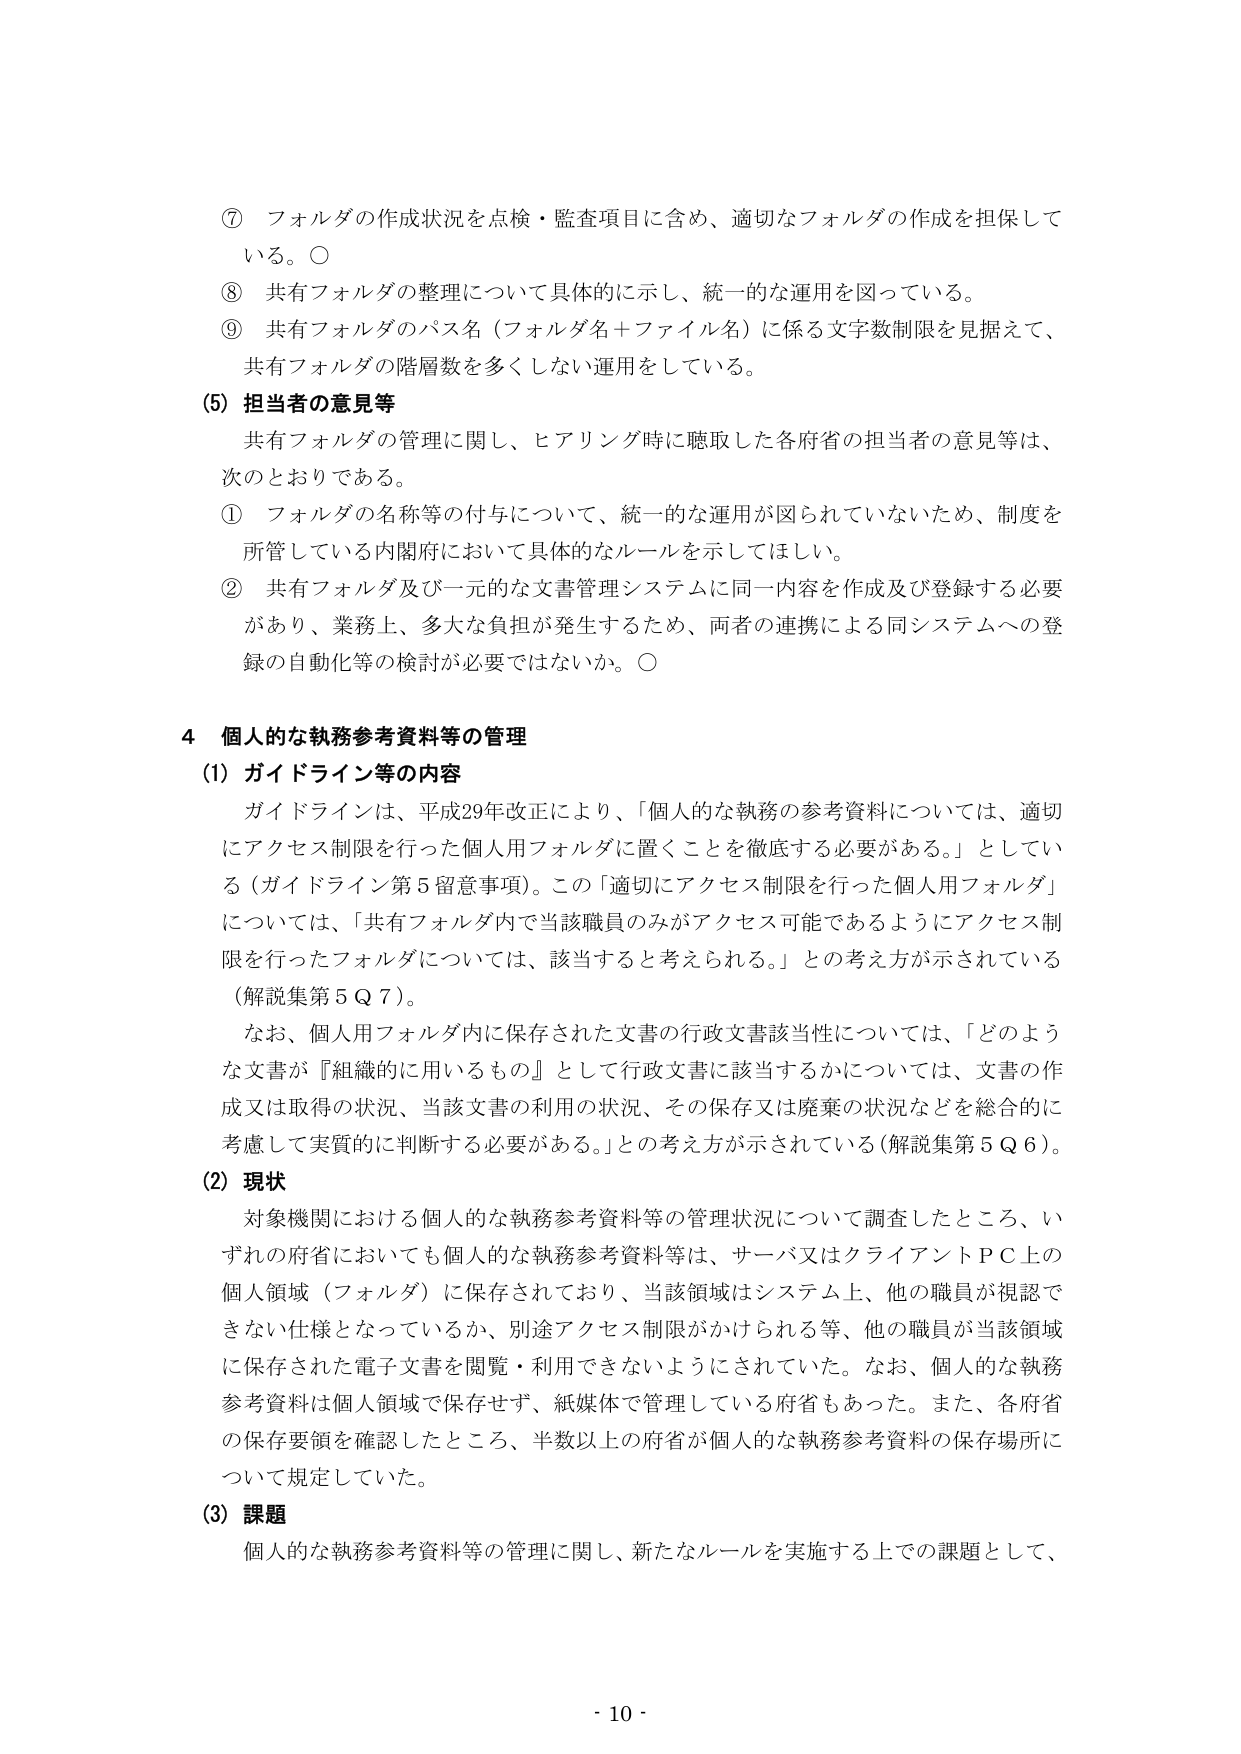
⑦ フォルダの作成状況を点検・監査項目に含め、適切なフォルダの作成を担保している。○
⑧ 共有フォルダの整理について具体的に示し、統一的な運用を図っている。
⑨ 共有フォルダのパス名（フォルダ名＋ファイル名）に係る文字数制限を見据えて、共有フォルダの階層数を多くしない運用をしている。

(5) 担当者の意見等
共有フォルダの管理に関し、ヒアリング時に聴取した各府省の担当者の意見等は、次のとおりである。
① フォルダの名称等の付与について、統一的な運用が図られていないため、制度を所管している内閣府において具体的なルールを示してほしい。
② 共有フォルダ及び一元的な文書管理システムに同一内容を作成及び登録する必要があり、業務上、多大な負担が発生するため、両者の連携による同システムへの登録の自動化等の検討が必要ではないか。○

4 個人的な執務参考資料等の管理
(1) ガイドライン等の内容
ガイドラインは、平成29年改正により、「個人的な執務の参考資料については、適切にアクセス制限を行った個人用フォルダに置くことを徹底する必要がある。」としている（ガイドライン第5留意事項）。この「適切にアクセス制限を行った個人用フォルダ」については、「共有フォルダ内で当該職員のみがアクセス可能であるようにアクセス制限を行ったフォルダについては、該当すると考えられる。」との考え方が示されている（解説集第5Q7）。
なお、個人用フォルダ内に保存された文書の行政文書該当性については、「どのような文書が『組織的に用いるもの』として行政文書に該当するかについては、文書の作成又は取得の状況、当該文書の利用の状況、その保存又は廃棄の状況などを総合的に考慮して実質的に判断する必要がある。」との考え方が示されている（解説集第5Q6）。

(2) 現状
対象機関における個人的な執務参考資料等の管理状況について調査したところ、いずれの府省においても個人的な執務参考資料等は、サーバ又はクライアントＰＣ上の個人領域（フォルダ）に保存されており、当該領域はシステム上、他の職員が視認できない仕様となっているか、別途アクセス制限がかけられる等、他の職員が当該領域に保存された電子文書を閲覧・利用できないようにされていた。なお、個人的な執務参考資料は個人領域で保存せず、紙媒体で管理している府省もあった。また、各府省の保存要領を確認したところ、半数以上の府省が個人的な執務参考資料の保存場所について規定していた。

(3) 課題
個人的な執務参考資料等の管理に関し、新たなルールを実施する上での課題として、

- 10 -